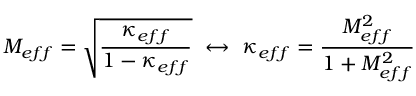
M _ { e f f } = \sqrt { \frac { \kappa _ { e f f } } { 1 - \kappa _ { e f f } } } ~ \leftrightarrow ~ \kappa _ { e f f } = \frac { M _ { e f f } ^ { 2 } } { 1 + M _ { e f f } ^ { 2 } }